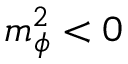
m _ { \phi } ^ { 2 } < 0